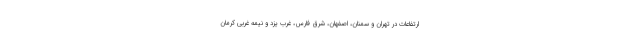
ارتفاعات در تهران و سمنان، اصفهان، شرق فارس، غرب یزد و نیمه غربی کرمان